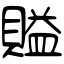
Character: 賹